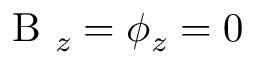
\mathrm { ~ B ~ } _ { z } = { \phi } _ { z } = 0